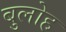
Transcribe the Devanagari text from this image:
बुलोह